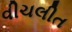
વીચલીત